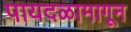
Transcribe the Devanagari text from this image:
पायदळामागून